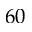
6 0